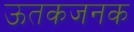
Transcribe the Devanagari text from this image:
ऊतकजनक